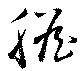
胆